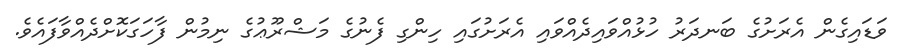
ވަޑައިގެން އެރަށުގެ ބަނދަރު ހުޅުއްވައިދެއްވައި އެރަށުގައި ހިންގި ފެނުގެ މަޝްރޫޢުގެ ނިމުން ފާހަގަކޮށްދެއްވާފައެވެ.